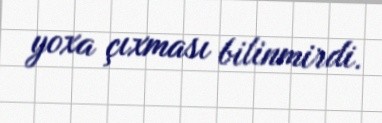
yoxa çıxması bilinmirdi.